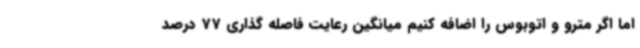
اما اگر مترو و اتوبوس را اضافه کنیم میانگین رعایت فاصله گذاری 77 درصد